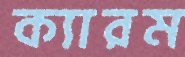
ক্যারম